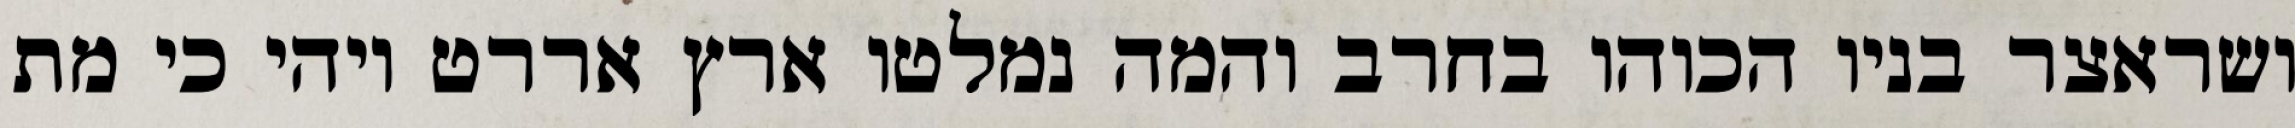
ושראצר בניו הכוהו בחרב והמה נמלטו ארץ אררט ויהי כי מת